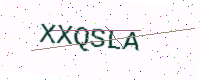
Text: XXQSLA